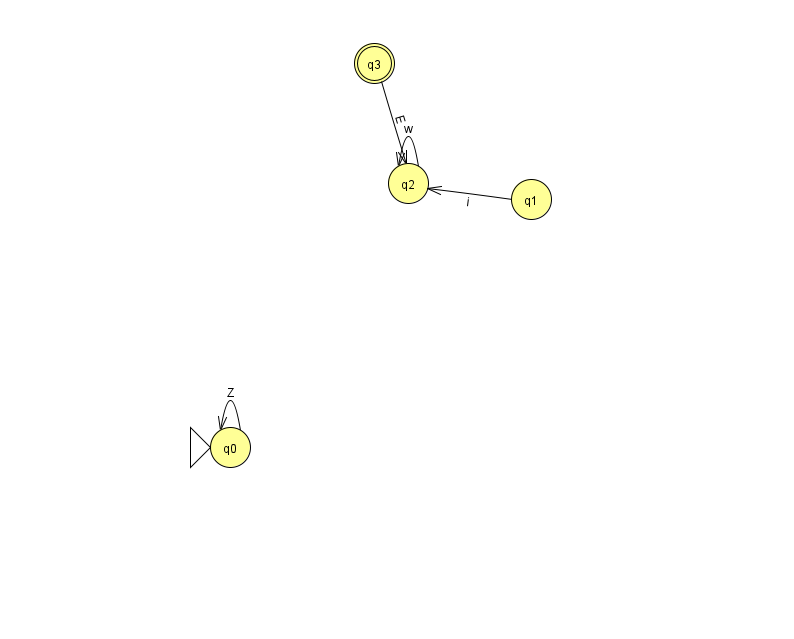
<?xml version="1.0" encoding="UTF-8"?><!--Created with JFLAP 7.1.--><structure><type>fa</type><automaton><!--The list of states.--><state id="0" name="q0"><x>230.0</x><y>434.0</y><initial/></state><state id="1" name="q1"><x>531.0</x><y>186.0</y></state><state id="2" name="q2"><x>408.0</x><y>170.0</y></state><state id="3" name="q3"><x>374.0</x><y>50.0</y><final/></state><!--The list of transitions.--><transition><from>3</from><to>2</to><read>E</read></transition><transition><from>2</from><to>2</to><read>w</read></transition><transition><from>0</from><to>0</to><read>Z</read></transition><transition><from>1</from><to>2</to><read>i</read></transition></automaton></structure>